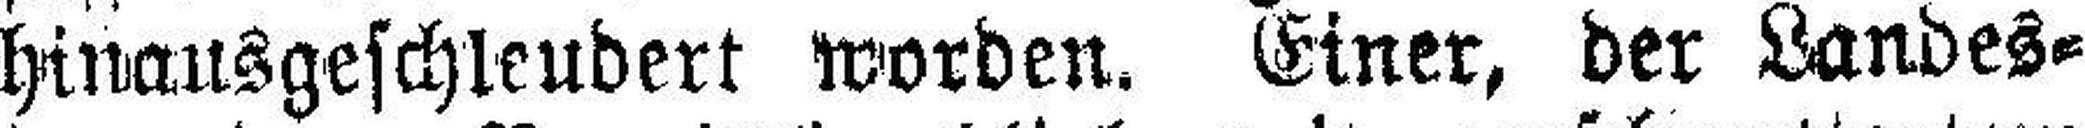
hinausgeschleudert worden. Einer, der Landes¬